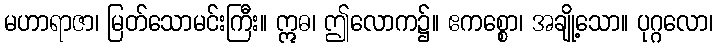
မဟာရာဇာ၊ မြတ်သောမင်းကြီး။ ဣဓ၊ ဤလောက၌။ ဧကစ္စော၊ အချို့သော။ ပုဂ္ဂလော၊